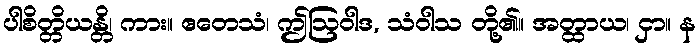
ပါစိတ္တိယန္တိ၊ ကား။ ဧတေသံ၊ ဤဩဝါဒ, သံဝါသ တို့၏။ အတ္ထာယ၊ ငှာ။ န